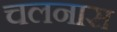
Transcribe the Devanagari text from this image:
चलनास